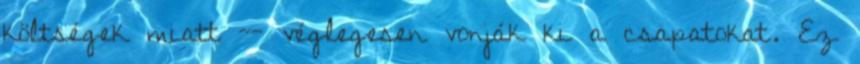
költségek miatt -- véglegesen vonják ki a csapatokat. Ez